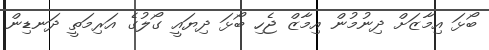
ބޯޅަ އިމާޒަށް ދިނުމުން އިމާޒް ޖެހި ބޯޅަ ދިޔައީ ގޯލުގެ އަރިމަތީ ދަނޑިން